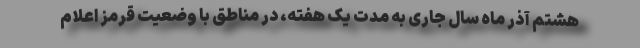
هشتم آذر ماه سال جاری به مدت یک هفته، در مناطق با وضعیت قرمز اعلام